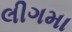
લીગમા